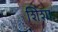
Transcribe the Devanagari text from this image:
शिंशा